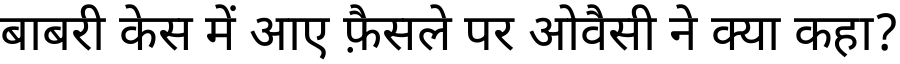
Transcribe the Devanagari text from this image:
बाबरी केस में आए फ़ैसले पर ओवैसी ने क्या कहा?